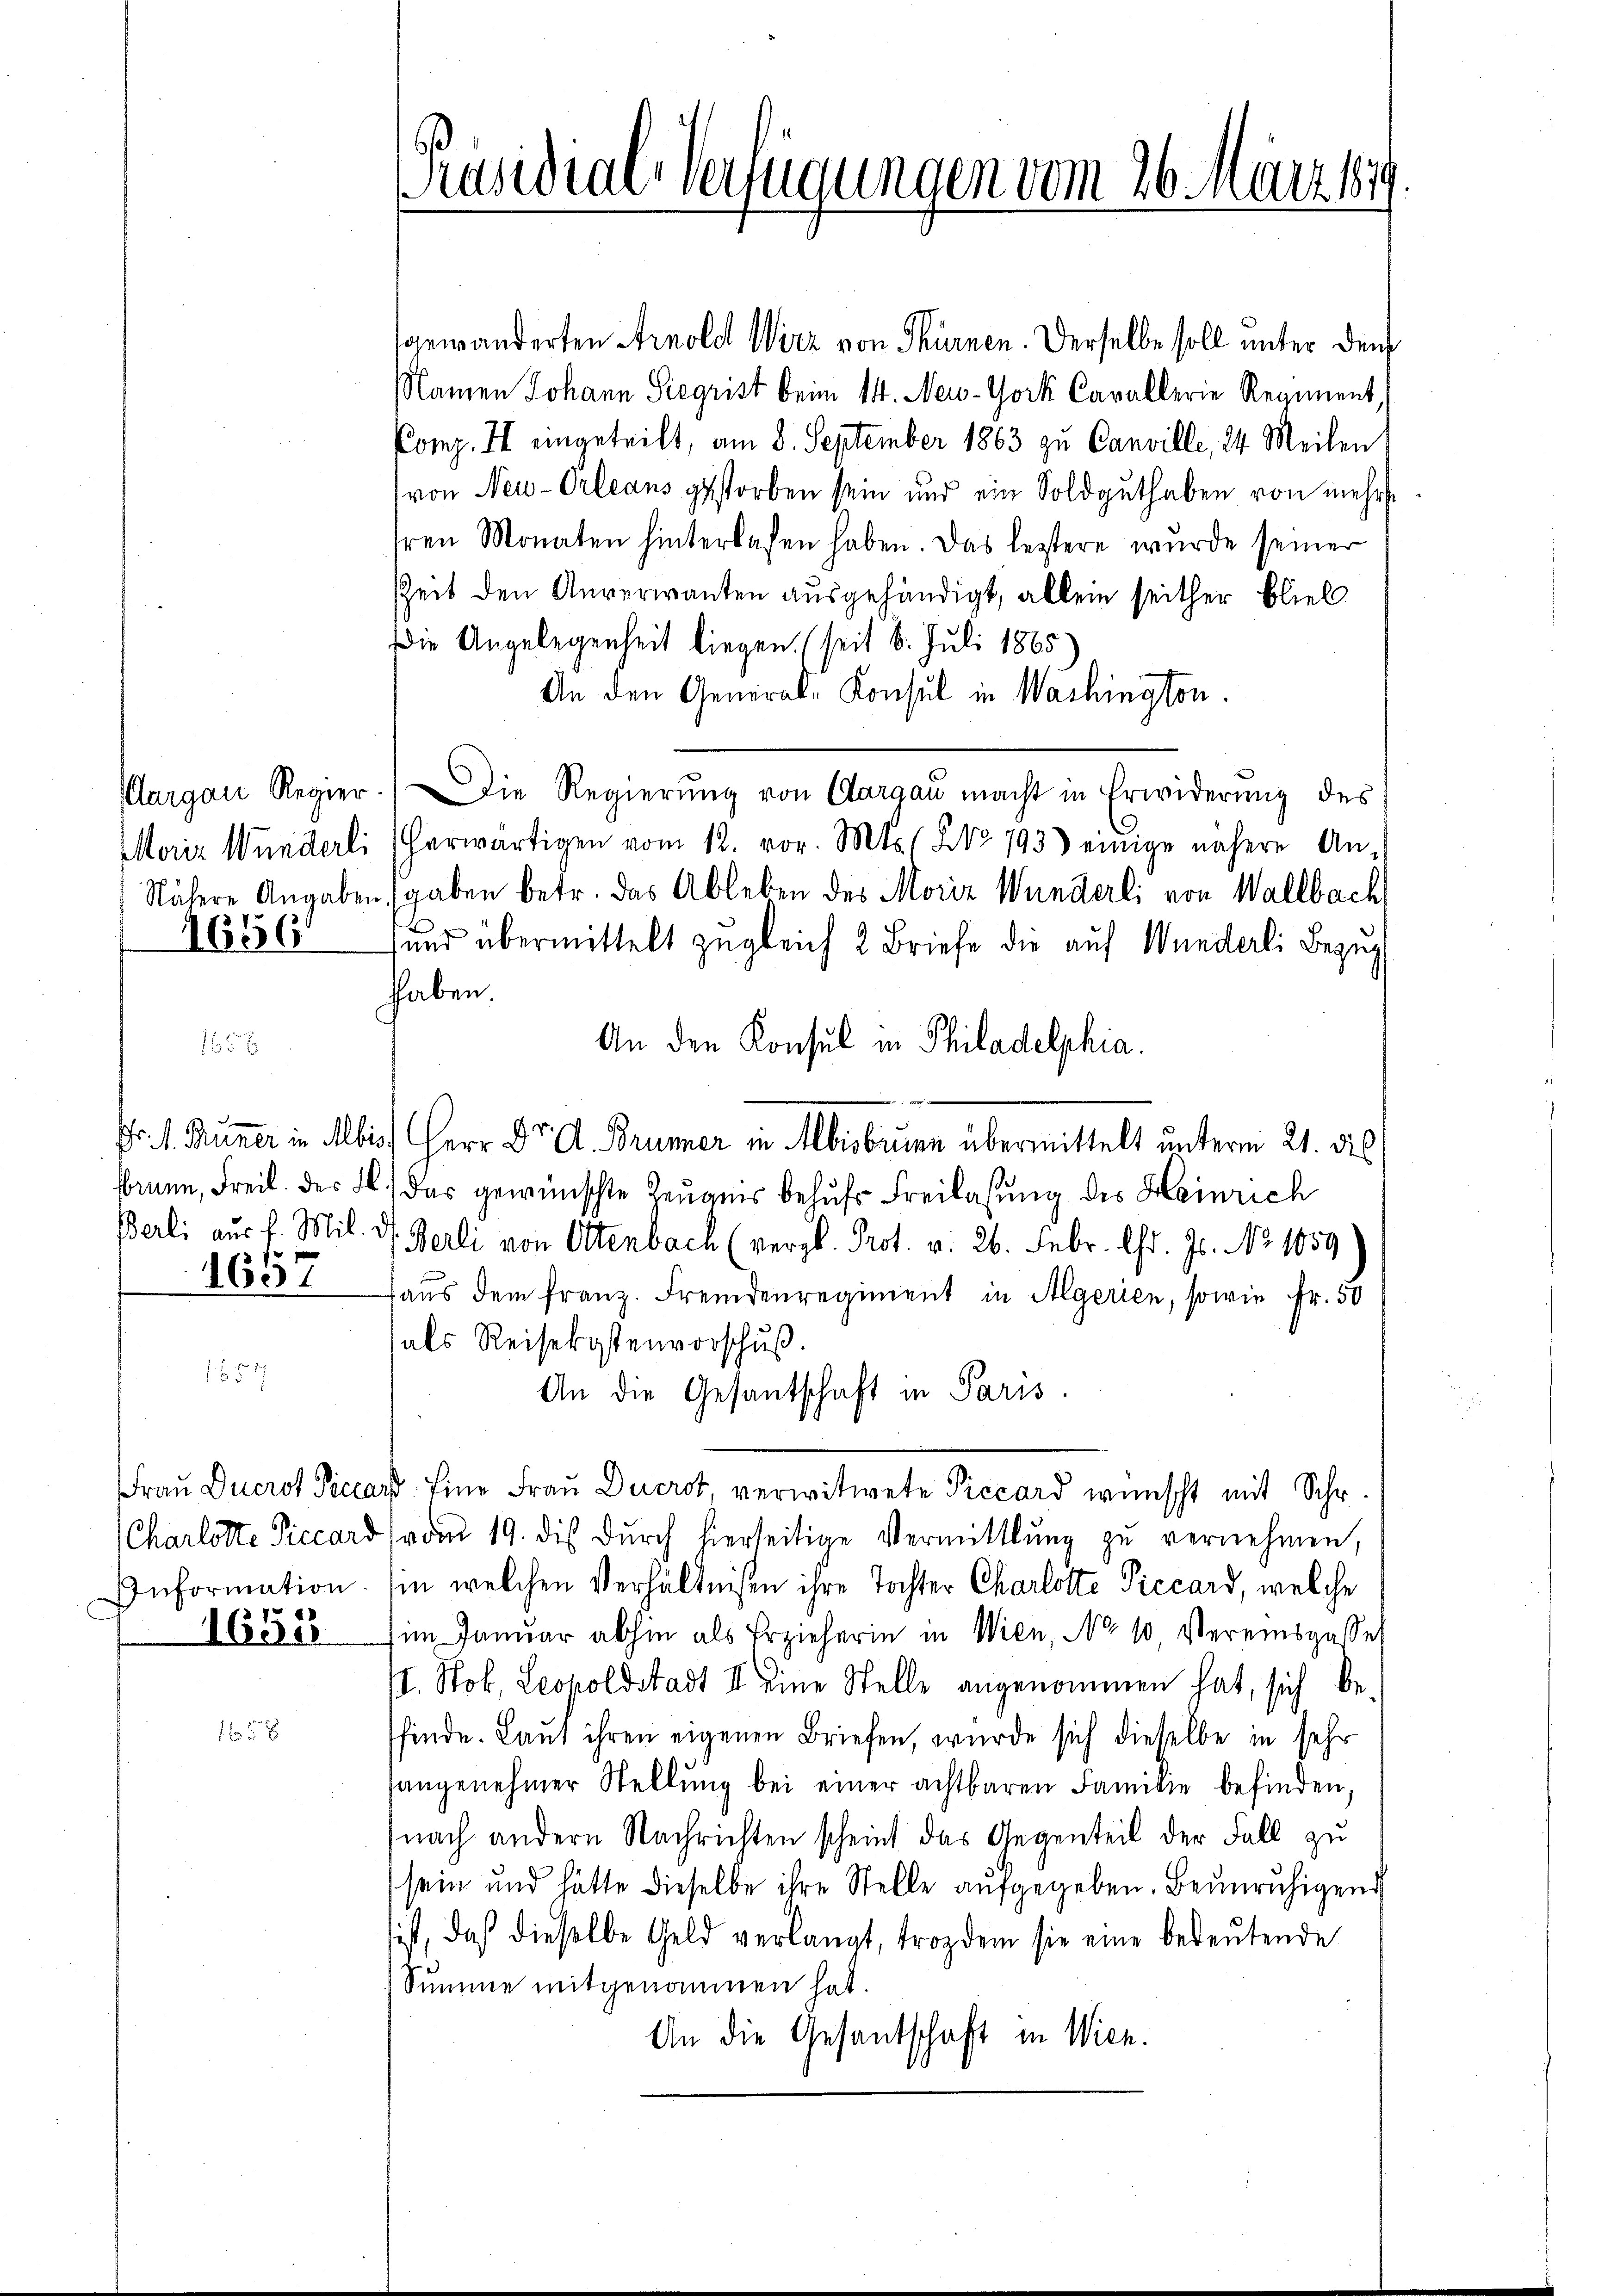
Aargau Regier
Marier Wunderli
Nähere Angaben

1656

Brunn, Freib. des
Berli aus f. Mil

1657

Frau Ducrot Picca
Charlotte Piccard
Information
1658

158

Präsidial-Verfügungen vom 26. März 1849

gewänderten Arnold Wirz von Thürnen. Derselbe soll unter den
Namen Johann Siegrist beim 14. New-York Cavallerie Regiment,
Comp. II eingeteilt, am 8. September 1863 zu Canville, 24. Meilen,
von Neu-Orleans gestorben sein und ein Soldguthaben von mehrhren Monaten hinterlassen haben. Das leztere wurde seiner
Zeit den Anverwanten ausgehändigt, allein seither blieb
Die Angelegenheit liegen. (seit 6. Juli 1865)
An den General-Konsul in Washington.
Die Regierŭng von Aargau macht in Erwiderung des
herwärtigen vom 12. vor. Mts. No 793) einige nähere An-
sgaben betr. das Ableben des Moriz Wunderli von Wallbach
sund übermittelt zugleich 2 Briefe die auf Wunderli Bezug
hhaben.
An den Konsul in Philadelphia
Fr. 1. Burer in Mbis Herr Dr. A. Brünner in Mbisbrunn übermittelt unterm 21. die
.) Das gewünschte Zeugnis behufs Freilasung des Heinrich
d. Berli von Ottenbach (vergl. Prot. v. 26. Febr. l. Js. No 1059
haus dem franz. Fremdenregiment in Algerien, sowie Fr. 50
als Reisekostenvorschuß.
An die Gesantschaft in Paris.
aß. Eine Frau Ducrot verwitwete Piccard wünscht mit Schr.
 vom 19. dis durch hierseitige Vermittlung zu vernehmen,
sin welchen Verhältnißen ihre Tochter Charlotte Piccard, welche
im Januar abhin als Erzieherin in Wien, No 10. Vereinsgasse
II. Stok, Leopoldstadt II eine Stelle angenommen hat, sich befinde. Land ihren eigenen Briefen, wurde sich dieselbe in sehr
angenehmer Stellŭng bei einer achtbaren Familie befinden,
nach andern Nachrichten scheint das Gegenteil der Fall zu
sein und hätte dieselbe ihre Stelle aufgegeben. Beunruhigend
sist, daß dieselbe Geld verlangt, trozdem sie eine bedeutende
Summe mitgenommen hat.
An die Gesantschaft in Wien.